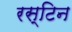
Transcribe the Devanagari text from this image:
रस्टिन